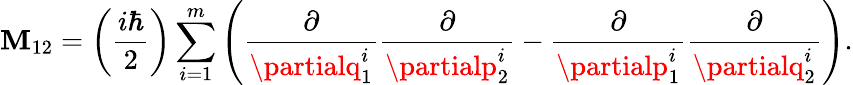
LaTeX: \mathbf{M}_{12}=\left(\frac{{i\hbar}}{{2}}\right)\sum_{i=1}^{m}\left(\frac{{\partial}}{{\partialq_{1}^{i}}}\frac{{\partial}}{{\partialp_{2}^{i}}}-\frac{{\partial}}{{\partialp_{1}^{i}}}\frac{{\partial}}{{\partialq_{2}^{i}}}\right).